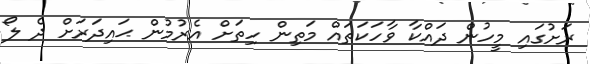
ރަށުގައި މީހުން ދައްކާ ވާހަކަތައް މަތިން ހިތަށް އެރުމުން ޙައިދަރަށް ދެ ލޯ